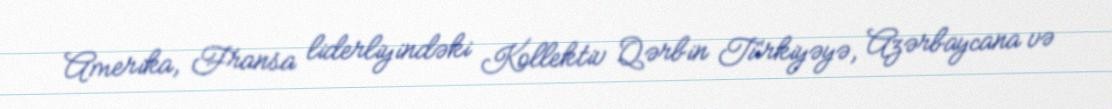
Amerika, Fransa liderliyindəki Kollektiv Qərbin Türkiyəyə, Azərbaycana və